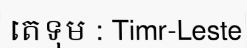
តេទុម : Timr-Leste